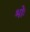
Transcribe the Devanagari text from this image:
भोः